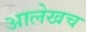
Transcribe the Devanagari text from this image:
अालेखच